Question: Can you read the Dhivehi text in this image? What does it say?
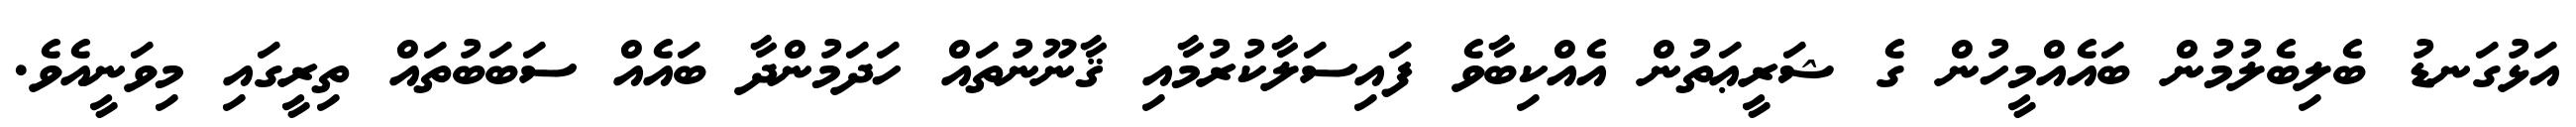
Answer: އަޅުގަނޑު ބެލިބެލުމުން ބައެއްމީހުން ގެ ޝަރީޢަތުން އެއްކިބާވެ ފައިސަލާކުރުމާއި ޤާނޫނުތައް ހަދަމުންދާ ބައެއް ސަބަބުތައް ތިރީގައި މިވަނީއެވެ.